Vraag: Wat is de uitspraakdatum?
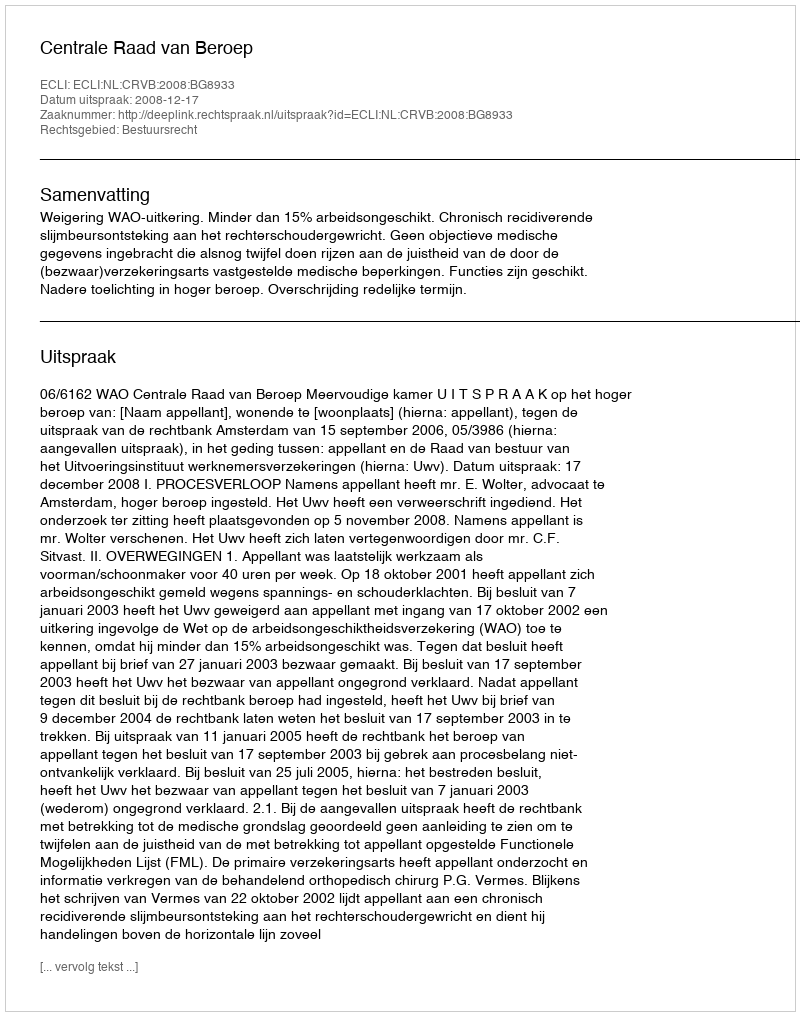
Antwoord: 2008-12-17